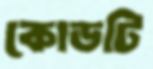
কোডটি